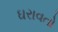
ઘરાવતો